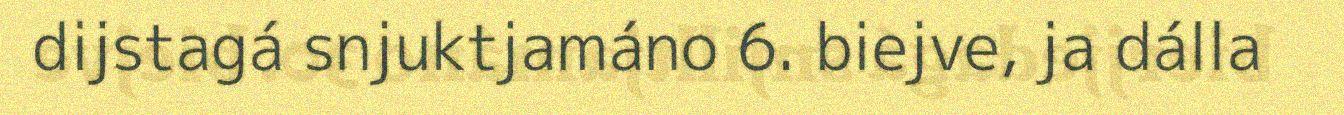
dijstagá snjuktjamáno 6. biejve, ja dálla